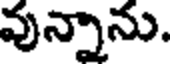
వున్నాను.